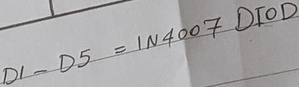
Text: D1-D5=IN4007DIOD